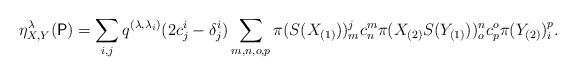
LaTeX: \begin{align*}\eta_{X, Y}^\lambda(\mathsf{P}) = \sum_{i,j}q^{(\lambda,\lambda_{i})}(2c_{j}^{i}-\delta_{j}^{i})\sum_{m,n,o,p}\pi(S(X_{(1)}))_{m}^{j}c_{n}^{m}\pi(X_{(2)}S(Y_{(1)}))_{o}^{n}c_{p}^{o}\pi(Y_{(2)})_{i}^{p}.\end{align*}